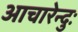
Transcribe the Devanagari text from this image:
आचारेन्दुः